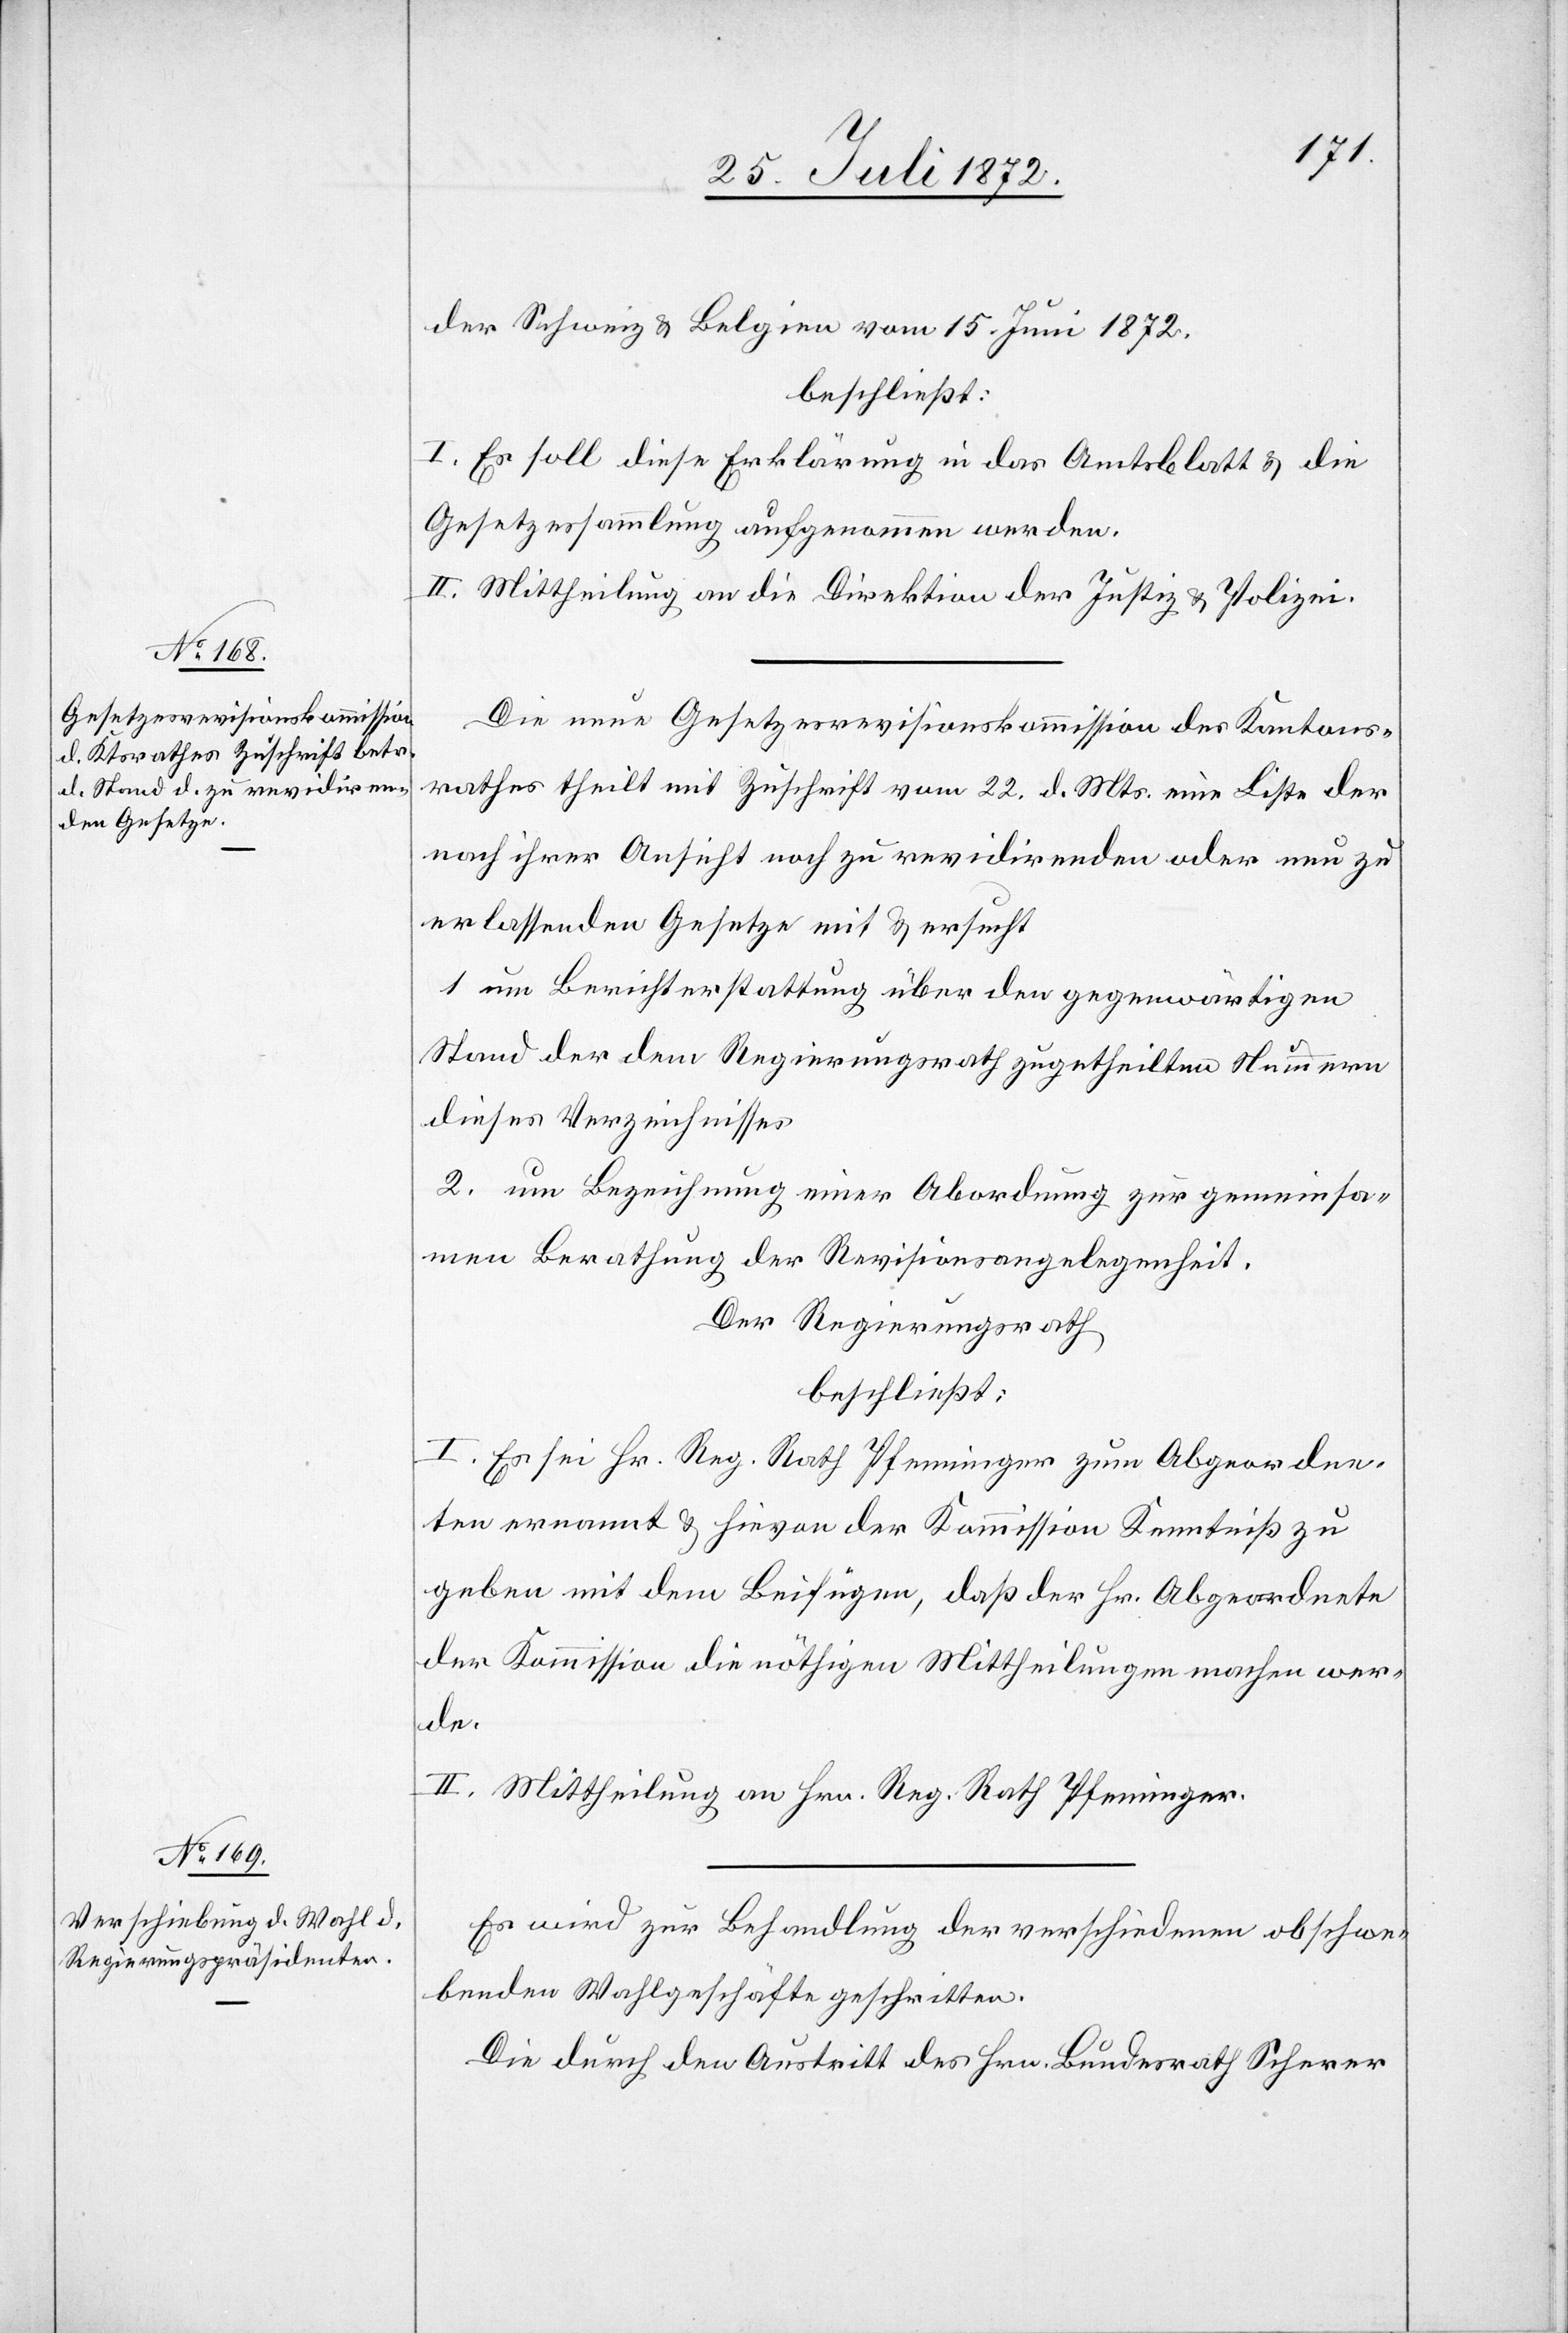
der Schweiz u. Belgien vom 15. Juni 1872,
beschließt:
I. Es soll diese Erklärung in das Amtsblatt u. die
Gesetzessammlung aufgenommen werden.
II. Mittheilung an die Direktion der Justiz u. Polizei.
Die neue Gesetzesrevisionskommission des Kantons¬
rathes theil mit Zuschrift vom 22. d. Mts. eine Liste der
nach ihrer Ansicht noch zu revidirenden oder neu zu
erlassenden Gesetze mit u. ersucht
1. um Berichterstattung über den gegenwärtigen
Stand der dem Regierungsrath zugetheilten Nummern
dieses Verzeichnisses
2. um Bezeichnung einer Abordnung zur gemeinsa¬
men Berathung der Revisionsangelegenheit.
Der Regierungsrath
beschließt:
I. Es sei Hr. Reg. Rath Pfenninger zum Abgeordne¬
ten ernannt u. hievon der Kommission Kenntniß zu
geben mit dem Beifügen, daß der Hr. Abgeordnete
der Kommission die nöthigen Mittheilung machen wer¬
de.
II. Mittheilung an Hrn. Reg. Rath Pfenninger.
Es wird zur Behandlung der verschiedenen obschwe¬
benden Wahlgeschäfte geschritten.
Die durch den Austritt des Hrn. Bundesrath Scherer